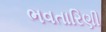
ભવતારિણી